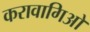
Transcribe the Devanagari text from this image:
करावागिओ